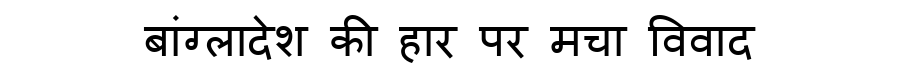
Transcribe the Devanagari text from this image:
बांग्लादेश की हार पर मचा विवाद